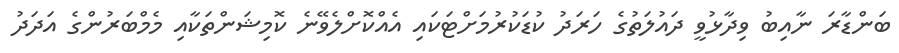
ބަންޑާރަ ނާއިބު ވިދާޅުވީ ދައުލަތުގެ ހަރަދު ކުޑަކުރުމަށްޓަކައި އެއްކޮށްލެވޭނެ ކޮމިޝަންތަކާއި މެމްބަރުންގެ އަދަދު